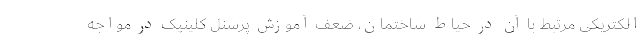
الکتریکی مرتبط با آن در حیاط ساختمان، ضعف آموزش پرسنل کلینیک در مواجه